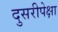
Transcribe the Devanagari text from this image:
दुसरीपेक्षा